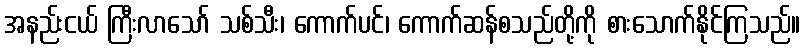
အနည်းငယ် ကြီးလာသော် သစ်သီး၊ ကောက်ပင်၊ ကောက်ဆန်စသည်တို့ကို စားသောက်နိုင်ကြသည်။